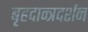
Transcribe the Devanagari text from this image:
बृहदान्त्रदर्शन